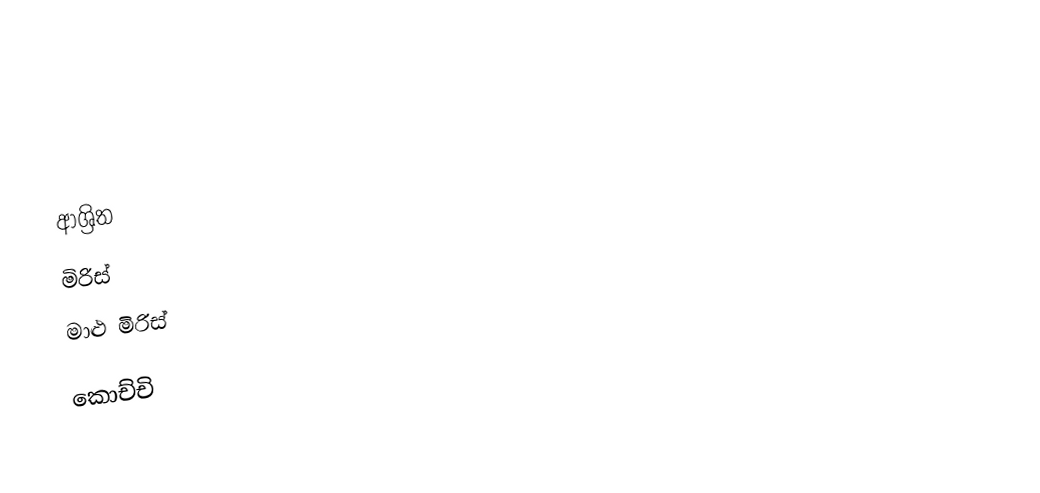

ආශ්‍රිත
 මිරිස්
 මාළු මිරිස්

කොච්චි